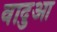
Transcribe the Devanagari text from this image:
वादुआ